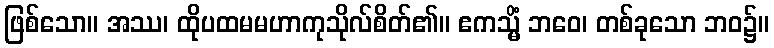
ဖြစ်သော။ အဿ၊ ထိုပထမမဟာကုသိုလ်စိတ်၏။ ဧကသ္မိံ ဘဝေ၊ တစ်ခုသော ဘဝ၌။